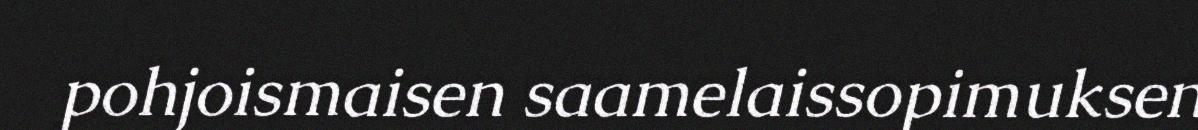
pohjoismaisen saamelaissopimuksen